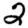
Digit: 2